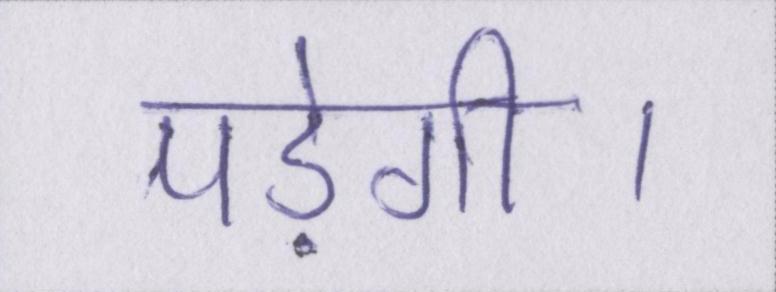
पड़ेगी।